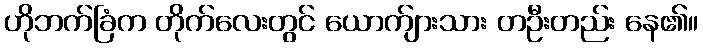
ဟိုဘက်ခြံက တိုက်လေးတွင် ယောက်ျားသား တဦးတည်း နေ၏။